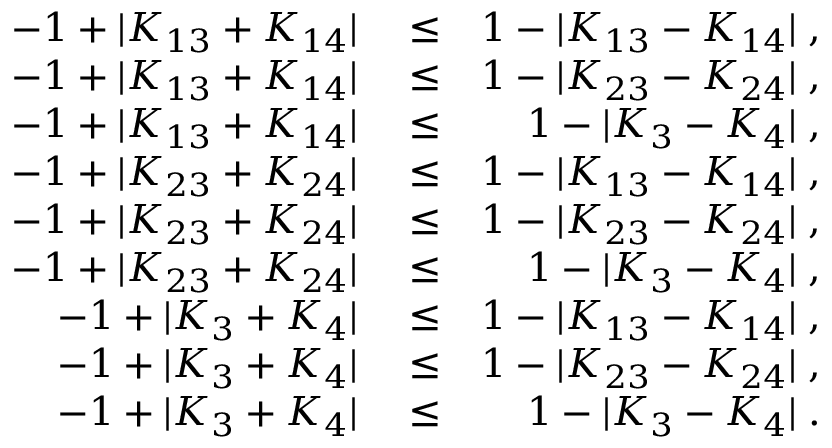
\begin{array} { r l r } { - 1 + \vert K _ { 1 3 } + K _ { 1 4 } \vert } & { { } \le } & { 1 - \vert K _ { 1 3 } - K _ { 1 4 } \vert \; , } \\ { - 1 + \vert K _ { 1 3 } + K _ { 1 4 } \vert } & { { } \le } & { 1 - \vert K _ { 2 3 } - K _ { 2 4 } \vert \; , } \\ { - 1 + \vert K _ { 1 3 } + K _ { 1 4 } \vert } & { { } \le } & { 1 - \vert K _ { 3 } - K _ { 4 } \vert \; , } \\ { - 1 + \vert K _ { 2 3 } + K _ { 2 4 } \vert } & { { } \le } & { 1 - \vert K _ { 1 3 } - K _ { 1 4 } \vert \; , } \\ { - 1 + \vert K _ { 2 3 } + K _ { 2 4 } \vert } & { { } \le } & { 1 - \vert K _ { 2 3 } - K _ { 2 4 } \vert \; , } \\ { - 1 + \vert K _ { 2 3 } + K _ { 2 4 } \vert } & { { } \le } & { 1 - \vert K _ { 3 } - K _ { 4 } \vert \; , } \\ { - 1 + \vert K _ { 3 } + K _ { 4 } \vert } & { { } \le } & { 1 - \vert K _ { 1 3 } - K _ { 1 4 } \vert \; , } \\ { - 1 + \vert K _ { 3 } + K _ { 4 } \vert } & { { } \le } & { 1 - \vert K _ { 2 3 } - K _ { 2 4 } \vert \; , } \\ { - 1 + \vert K _ { 3 } + K _ { 4 } \vert } & { { } \le } & { 1 - \vert K _ { 3 } - K _ { 4 } \vert \; . } \end{array}